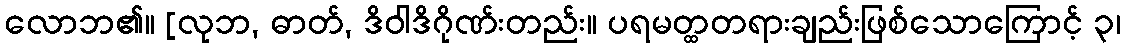
လောဘ၏။ [လုဘ, ဓာတ်, ဒိဝါဒိဂိုဏ်းတည်း။ ပရမတ္ထတရားချည်းဖြစ်သောကြောင့် ၃၊